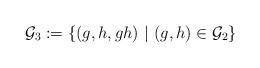
LaTeX: \begin{align*}\mathcal{G}_3:=\{(g,h,gh)~|~(g,h)\in \mathcal{G}_2\}\end{align*}